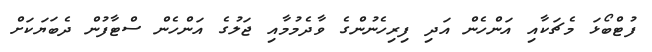
ފުޓްބޯޅަ މެޗަކާއި އަންހެން އަދި ފިރިހެނުންގެ ވާދެމުމާއި ޖަލުގެ އަންހެން ސްޓާފުން ދެބަޔަކަށް